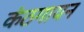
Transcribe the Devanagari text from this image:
कंठगायन